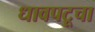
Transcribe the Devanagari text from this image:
धावपटूचा